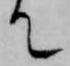
て